On kala azar, malaria and malarial cachexia - Number 19
Disease focus: Malaria
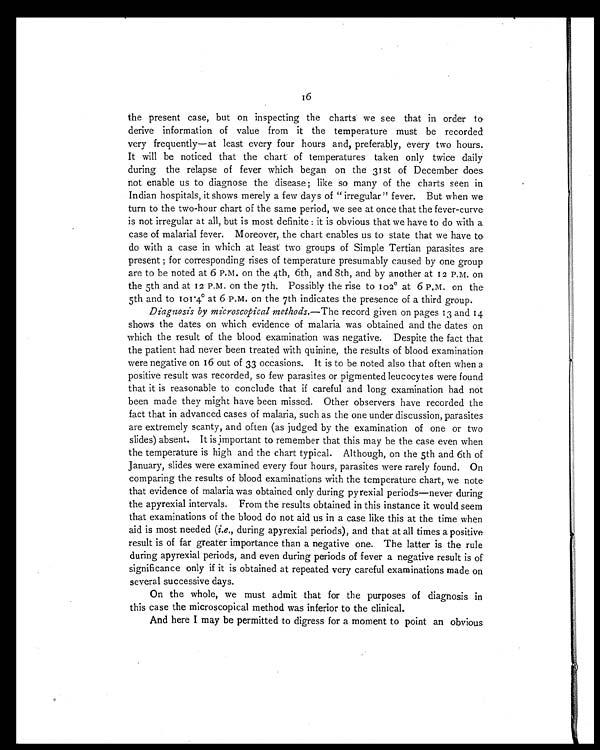
16
the present case, but on inspecting the charts we see that in order to
derive information of value from it the temperature must be recorded
very frequently—at least every four hours and, preferably, every two hours.
It will be noticed that the chart of temperatures taken only twice daily
during the relapse of fever which began on the 31st of December does
not enable us to diagnose the disease ; like so many of the charts seen in
Indian hospitals, it shows merely a few days of " irregular" fever. But when we
turn to the two-hour chart of the same period, we see at once that the fever-curve
is not irregular at all, but is most definite : it is obvious that we have to do with a
case of malarial fever. Moreover, the chart enables us to state that we have to
do with a case in which at least two groups of Simple Tertian parasites are
present ; for corresponding rises of temperature presumably caused by one group
are to be noted at 6 P.M. on the 4th, 6th, and 8th, and by another at 12 P.M. on
the 5th and at 12 P.M. on the 7th. Possibly the rise to 102° at 6 P.M. on the
5th and to 101.4° at 6 P.M. on the 7th indicates the presence of a third group.
Diagnosis by microscopical methods. —The record given on pages 13 and 14
shows the dates on which evidence of malaria was obtained and the dates on
which the result of the blood examination was negative. Despite the fact that
the patient had never been treated with quinine, the results of blood examination
were negative on 16 out of 33 occasions. It is to be noted also that often when a
positive result was recorded, so few parasites or pigmented leucocytes were found
that it is reasonable to conclude that if careful and long examination had not
been made they might have been missed. Other observers have recorded the
fact that in advanced cases of malaria, such as the one under discussion, parasites
are extremely scanty, and often (as judged by the examination of one or two
slides) absent. It is important to remember that this may be the case even when
the temperature is high and the chart typical. Although, on the 5th and 6th of
January, slides were examined every four hours, parasites were rarely found. On
comparing the results of blood examinations with the temperature chart, we note
that evidence of malaria was obtained only during pyrexial periods—never during
the apyrexial intervals. From the results obtained in this instance it would seem
that examinations of the blood do not aid us in a case like this at the time when
aid is most needed ( i.e., during apyrexial periods), and that at all times a positive
result is of far greater importance than a negative one. The latter is the rule
during apyrexial periods, and even during periods of fever a negative result is of
significance only if it is obtained at repeated very careful examinations made on
several successive days.
On the whole, we must admit that for the purposes of diagnosis in
this case the microscopical method was inferior to the clinical.
And here I may be permitted to digress for a moment to point an obvious